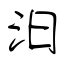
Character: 汩